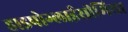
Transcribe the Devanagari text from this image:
हाइपोग्लाईसीमिया